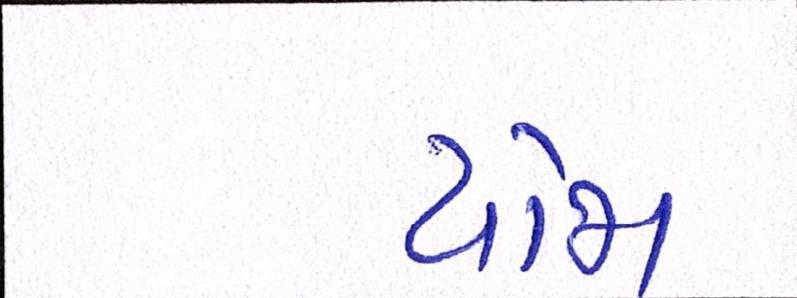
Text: યોજા